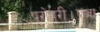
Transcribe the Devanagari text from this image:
परोपरी।प्रजा